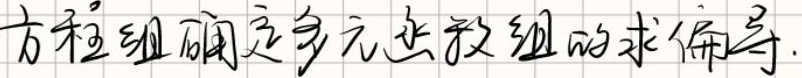
方程组确定多元函数组的求偏导.